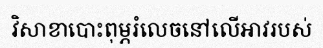
វិសាខាបោះពុម្ភរំលេចនៅលើអាវរបស់